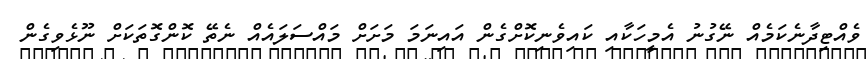
ވެއްޓިދާނެކަމެއް ނޭގުނު އެމީހަކާއި ކައިވެނިކޮށްގެން އައިނަމަ މަށަށް މައްސަލައެއް ނެތޭ ކޮންގޮތަކަށް ނޫޅެވިގެން